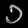
Digit: ၁